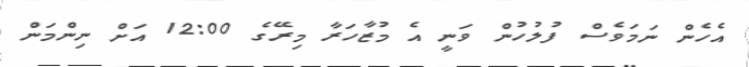
އެހެން ނަމަވެސް ފުލުހުން ވަނީ އެ މުޒާހަރާ މިރޭގެ 12:00 އަށް ނިންމަން